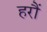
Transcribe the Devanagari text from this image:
हरौं